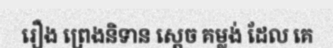
រឿង ព្រេងនិទាន ស្តេច គម្លង់ ដែល គេ